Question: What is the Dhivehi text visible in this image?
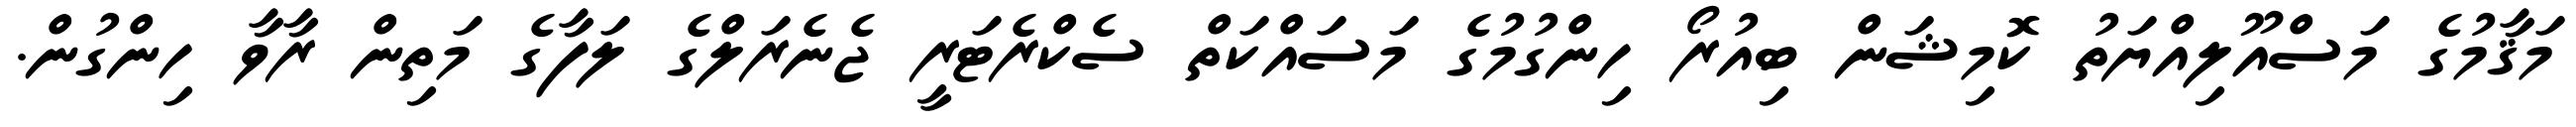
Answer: މަޤާމުގެ މަސްއޫލިއްޔަތު ކޮމިޝަން ބިއުރޯ ހިންގުމުގެ މަސައްކަތް ސެކްރެޓަރީ ޖެނެރަލްގެ ލަފާގެ މަތިން ރާވާ ހިންގުން.